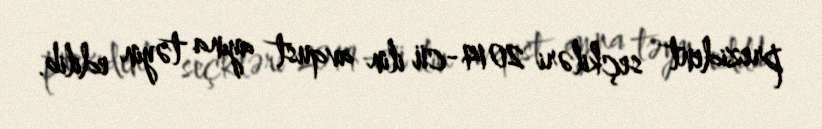
prezident seçkiləri 2014-cü ilin avqust ayına təyin edilib.